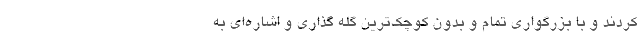
کردند و با بزرگواری تمام و بدون کوچک‌ترین گله گذاری‌ و اشاره‌ای به